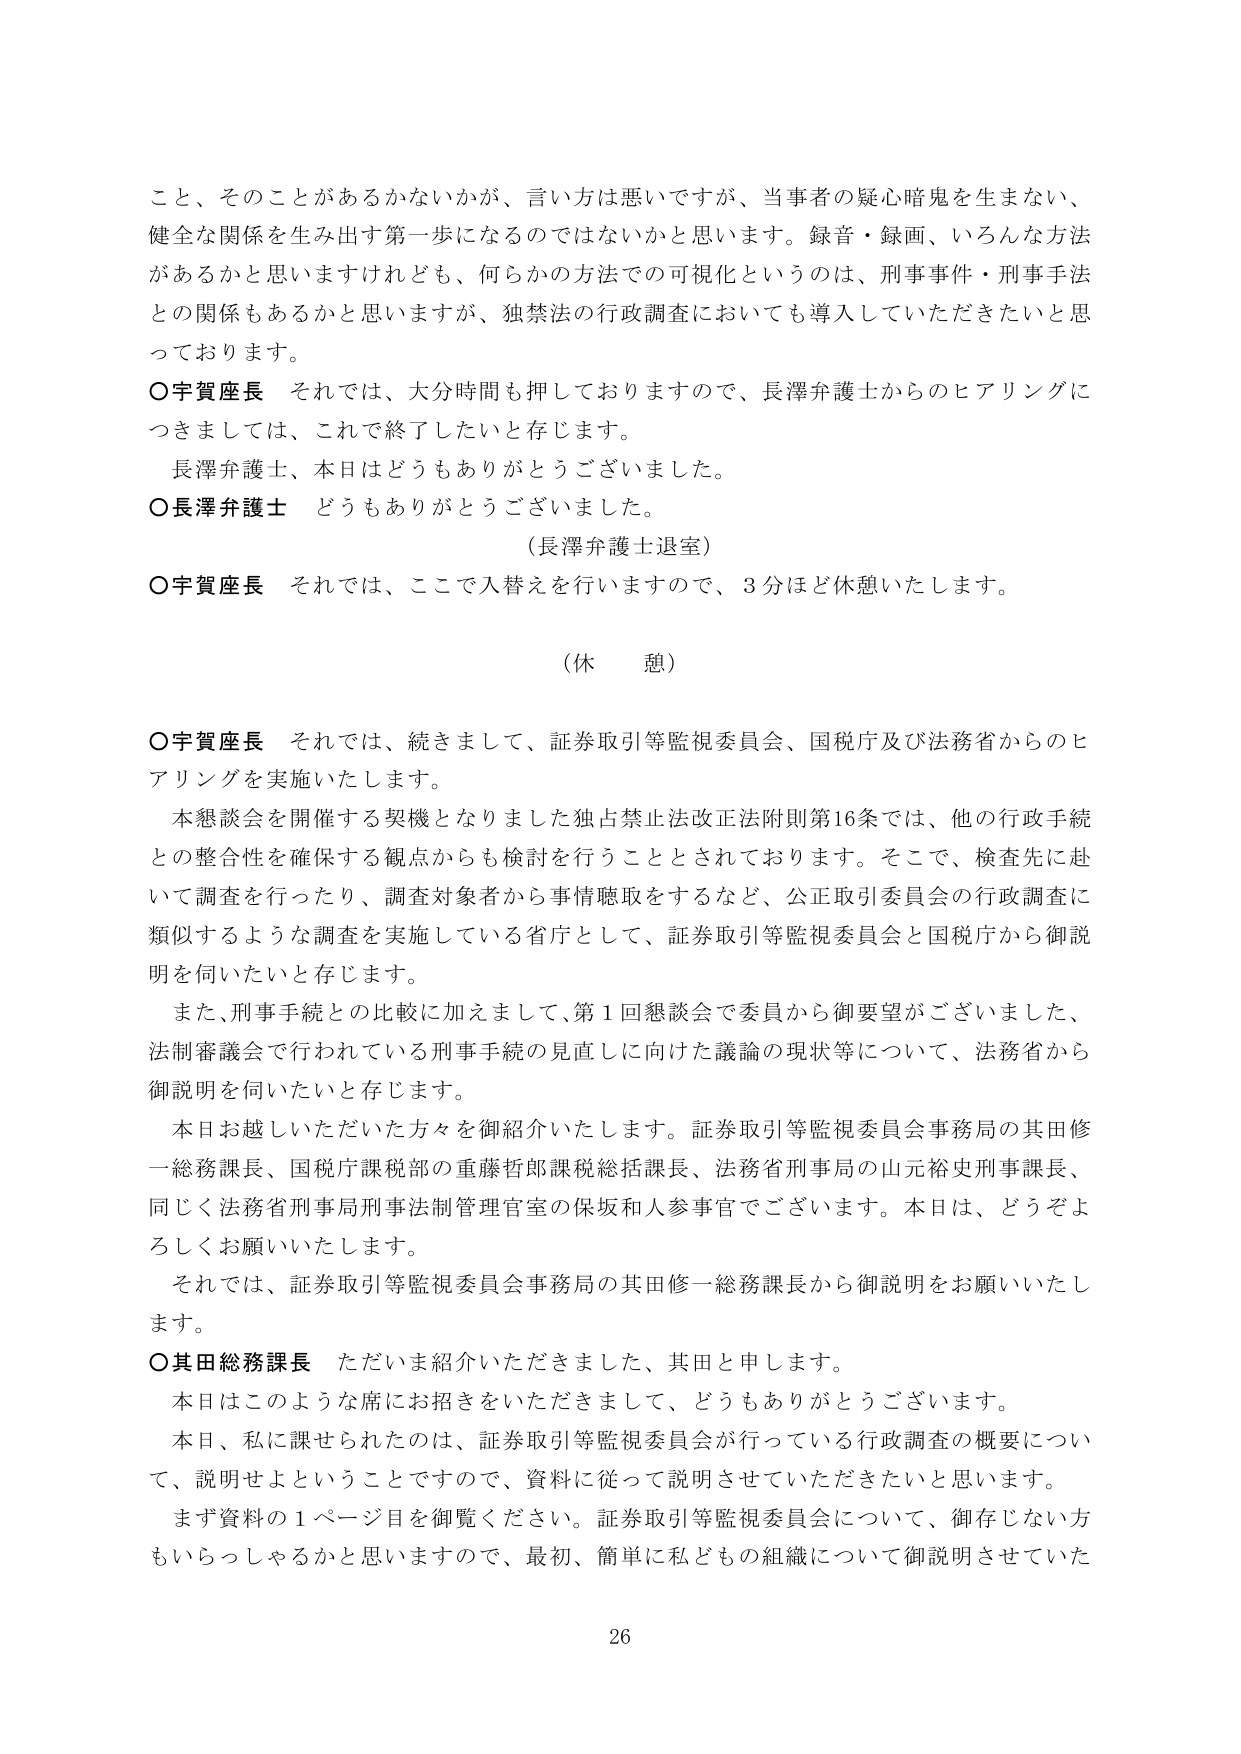
こと、そのことがあるかないかが、言い方は悪いですが、当事者の疑心暗鬼を生まない、健全な関係を生み出す第一歩になるのではないかと思います。録音・録画、いろんな方法があるかと思いますけれども、何らかの方法での可視化というのは、刑事事件・刑事手続との関係もあるかと思いますが、独禁法の行政調査においても導入していただきたいと思っています。

○宇賀座長　それでは、大分時間も押しておりますので、長澤弁護士からのヒアリングにつきましては、これで終了したいと存じます。
　　長澤弁護士、本日はどうもありがとうございました。

○長澤弁護士　どうもありがとうございました。
　　　　　　　　（長澤弁護士退室）

○宇賀座長　それでは、ここで入替えを行いますので、3分ほど休憩いたします。

　　　　　　　　（休憩）

○宇賀座長　それでは、続きまして、証券取引等監視委員会、国税庁及び法務省からのヒアリングを実施いたします。
　　本懇談会を開催する契機となりました独占禁止法改正法附則第16条では、他の行政手続との整合性を確保する観点からも検討を行うこととされております。そこで、検査先に赴いて調査を行ったり、調査対象者から事情聴取をするなど、公正取引委員会の行政調査に類似するような調査を実施している省庁として、証券取引等監視委員会と国税庁から御説明を伺いたいと存じます。
　　また、刑事手続との比較に加えまして、第1回懇談会で委員から御要望がございました、法制審議会で行われている刑事手続の見直しに向けた議論の現状等について、法務省から御説明を伺いたいと存じます。
　　本日お越しいただいた方々を御紹介いたします。証券取引等監視委員会事務局の其田修一総務課長、国税庁課税部の重藤哲郎課税総括課長、法務省刑事局の山元裕史刑事課長、同じく法務省刑事局刑事法制管理官室の保坂和人参事官でございます。本日は、どうぞよろしくお願いいたします。
　　それでは、証券取引等監視委員会事務局の其田修一総務課長から御説明をお願いいたします。

○其田総務課長　ただいま紹介いただきました、其田と申します。
　　本日はこのような席にお招きをいただきまして、どうもありがとうございます。
　　本日、私に課せられたのは、証券取引等監視委員会が行っている行政調査の概要について、説明せよということですので、資料に従って説明させていただきたいと思います。
　　まず資料の1ページ目を御覧ください。証券取引等監視委員会について、御存じない方もいらっしゃるかと思いますので、最初、簡単に私どもの組織について御説明させていた

26